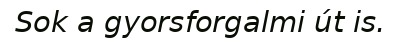
Sok a gyorsforgalmi út is.